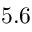
5 . 6